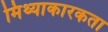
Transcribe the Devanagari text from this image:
मिथ्याकारकता